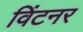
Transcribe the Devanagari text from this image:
विंटनर